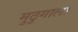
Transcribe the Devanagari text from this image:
मुठुगाला